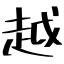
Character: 越